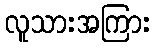
လူသားအကြား